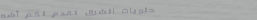
حلويات الشرق تقدم لكم أشه